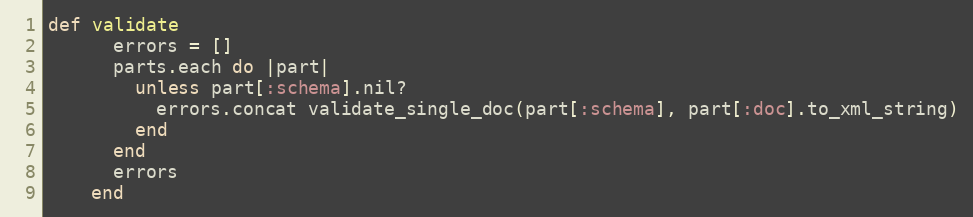
Language: Ruby
def validate
      errors = []
      parts.each do |part|
        unless part[:schema].nil?
          errors.concat validate_single_doc(part[:schema], part[:doc].to_xml_string)
        end
      end
      errors
    end